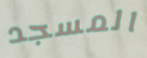
المسجد